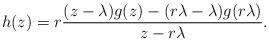
LaTeX: \begin{align*}h(z)&=r\frac{(z-\lambda)g(z)-(r\lambda-\lambda)g(r\lambda)}{z-r\lambda}.\end{align*}